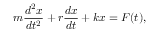
m { \frac { d ^ { 2 } x } { d t ^ { 2 } } } + r { \frac { d x } { d t } } + k x = F ( t ) ,